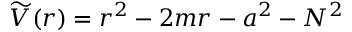
\widetilde { V } ( r ) = r ^ { 2 } - 2 m r - a ^ { 2 } - N ^ { 2 }